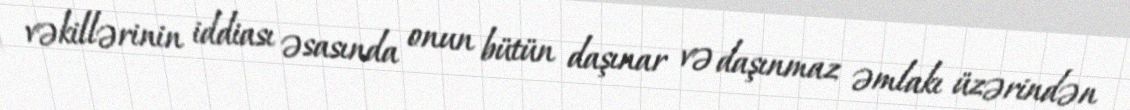
vəkillərinin iddiası əsasında onun bütün daşınar və daşınmaz əmlakı üzərindən